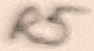
Text: R5